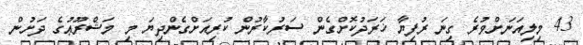
43 މިލިއަނަށްވުރެ ގިނަ ރުފިޔާ ޚަރަދުކޮށްގެން ސަރުކާރުން ކުރިއަށްގެންދިޔަ މި މަޝްރޫޢުގެ ދަށުން